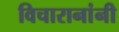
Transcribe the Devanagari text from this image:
विचारानांनी